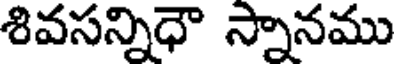
శివసన్నిధౌ స్నానము